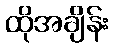
ထိုအချိန်း